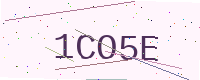
Text: 1CO5E